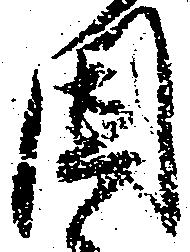
固